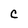
Character: C